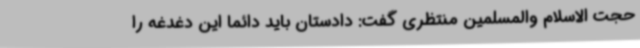
حجت الاسلام والمسلمین منتظری گفت: دادستان باید دائما این دغدغه را